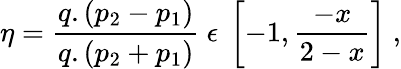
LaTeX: \eta=\frac{q.(p_{2}-p_{1})}{q.(p_{2}+p_{1})}~\epsilon~\left[-1,\frac{-x}{2-x}\right]~,